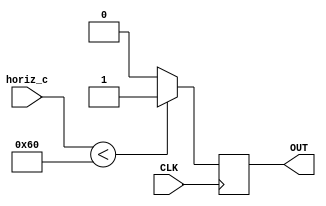
//Return a boolean value, OUT, if we're currently in horizontal sync time according to the value of horiz_c
module check_horiz_sync(OUT, horiz_c, CLK);

output reg OUT;
input [9:0] horiz_c;
input CLK;

initial begin
	OUT <= 0;
end

//Bring line low if we're between 0 and 96 (h sync time)
always @(posedge CLK)
begin
	if (horiz_c < 96)
		OUT <= 1;
	else
		OUT <= 0;
end

endmodule